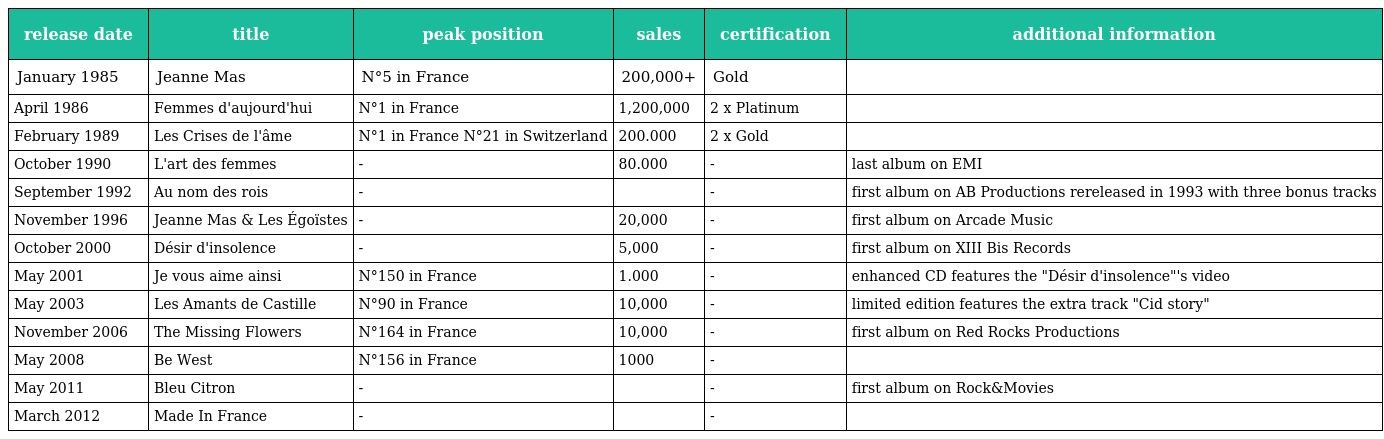
| release date | title | peak position | sales | certification | additional information |
 | --- | --- | --- | --- | --- | --- |
 | January 1985 | Jeanne Mas | N°5 in France | 200,000+ | Gold |  |
 | April 1986 | Femmes d'aujourd'hui | N°1 in France | 1,200,000 | 2 x Platinum |  |
 | February 1989 | Les Crises de l'âme | N°1 in France N°21 in Switzerland | 200.000 | 2 x Gold |  |
 | October 1990 | L'art des femmes | - | 80.000 | - | last album on EMI |
 | September 1992 | Au nom des rois | - |  | - | first album on AB Productions rereleased in 1993 with three bonus tracks |
 | November 1996 | Jeanne Mas & Les Égoïstes | - | 20,000 | - | first album on Arcade Music |
 | October 2000 | Désir d'insolence | - | 5,000 | - | first album on XIII Bis Records |
 | May 2001 | Je vous aime ainsi | N°150 in France | 1.000 | - | enhanced CD features the "Désir d'insolence"'s video |
 | May 2003 | Les Amants de Castille | N°90 in France | 10,000 | - | limited edition features the extra track "Cid story" |
 | November 2006 | The Missing Flowers | N°164 in France | 10,000 | - | first album on Red Rocks Productions |
 | May 2008 | Be West | N°156 in France | 1000 | - |  |
 | May 2011 | Bleu Citron | - |  | - | first album on Rock&Movies |
 | March 2012 | Made In France | - |  | - |  |